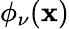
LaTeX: \phi_{\nu}(\boldsymbol{\mathbf{x}})